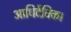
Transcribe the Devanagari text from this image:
आधिदैविक।